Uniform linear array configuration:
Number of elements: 4
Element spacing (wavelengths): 0.25
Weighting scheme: cosine
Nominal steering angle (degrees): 45
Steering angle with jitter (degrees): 45.726
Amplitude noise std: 0.05
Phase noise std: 0.05

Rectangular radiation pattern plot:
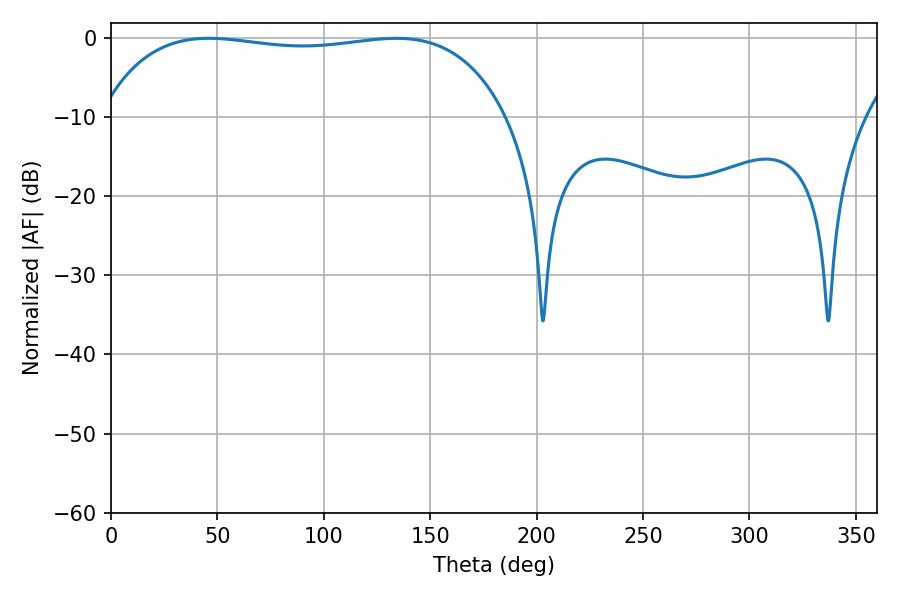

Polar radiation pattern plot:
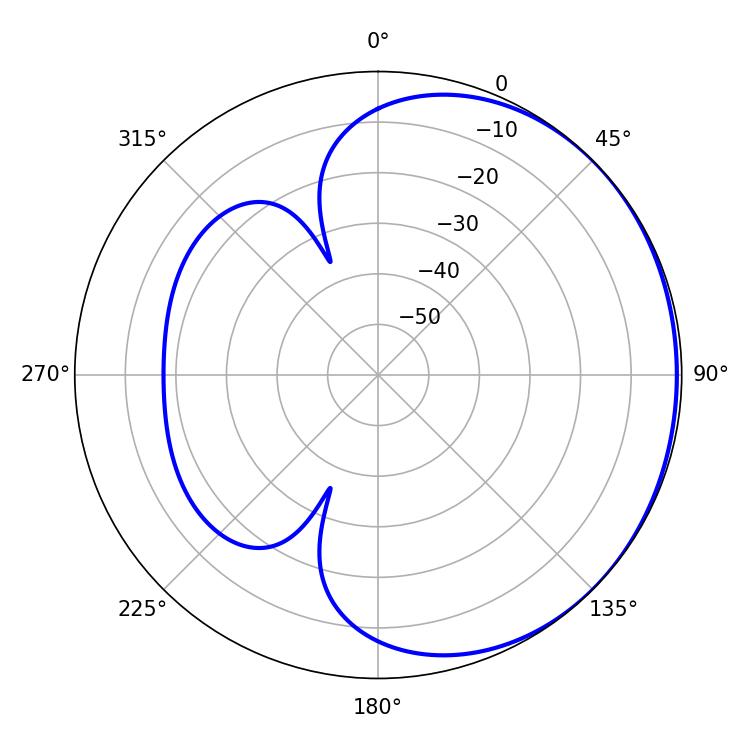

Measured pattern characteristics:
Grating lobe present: FALSE
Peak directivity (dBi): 0.7215
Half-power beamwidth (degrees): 153
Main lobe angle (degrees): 45.9